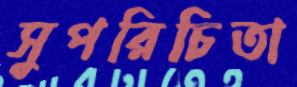
সুপরিচিতা